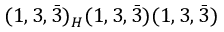
( 1 , 3 , { \bar { 3 } } ) _ { H } ( 1 , 3 , { \bar { 3 } } ) ( 1 , 3 , { \bar { 3 } } )